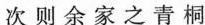
次 则 余 家 之 青 桐